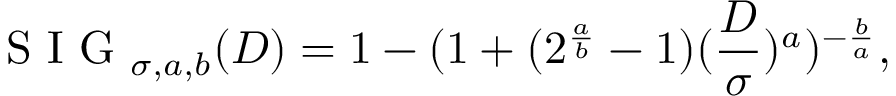
\textrm { S I G } _ { \sigma , a , b } ( D ) = 1 - ( 1 + ( 2 ^ { \frac { a } { b } } - 1 ) ( \frac { D } { \sigma } ) ^ { a } ) ^ { - \frac { b } { a } } ,